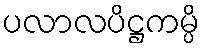
ပလာလပိဋ္ဌကမ္ပိ